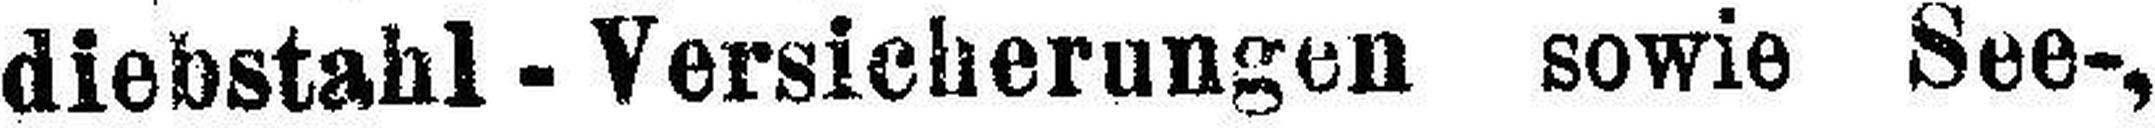
diebstahl - Versicherungen sowie See-,